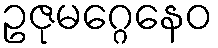
ဥဇုမဂ္ဂေနေဝ